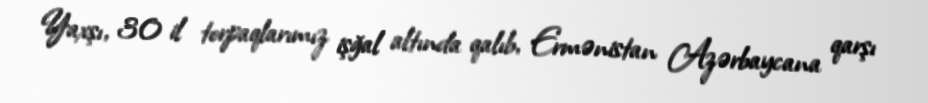
Yaxşı, 30 il torpaqlarımız işğal altında qalıb, Ermənistan Azərbaycana qarşı